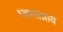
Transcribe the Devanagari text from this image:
ध्वस्तप्राय